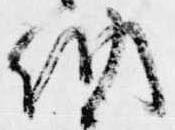
納